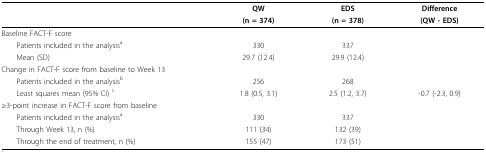
<table><thead><tr><td></td><td><b>QW</b></td><td><b>EDS</b></td><td><b>Difference</b></td></tr><tr><td></td><td><b>(n = 374)</b></td><td><b>(n = 378)</b></td><td><b>(QW - EDS)</b></td></tr></thead><tbody><tr><td>Baseline FACT-F score</td><td></td><td></td><td></td></tr><tr><td> Patients included in the analysis<sup>a</sup></td><td>330</td><td>337</td><td></td></tr><tr><td> Mean (SD)</td><td>29.7 (12.4)</td><td>29.9 (12.4)</td><td></td></tr><tr><td>Change in FACT-F score from baseline to Week 13</td><td></td><td></td><td></td></tr><tr><td> Patients included in the analysis<sup>b</sup></td><td>256</td><td>268</td><td></td></tr><tr><td> Least squares mean (95% CI) <sup>c</sup></td><td>1.8 (0.5, 3.1)</td><td>2.5 (1.2, 3.7)</td><td>-0.7 (-2.3, 0.9)</td></tr><tr><td>≥3-point increase in FACT-F score from baseline</td><td></td><td></td><td></td></tr><tr><td> Patients included in the analysis<sup>a</sup></td><td>330</td><td>337</td><td></td></tr><tr><td> Through Week 13, n (%)</td><td>111 (34)</td><td>132 (39)</td><td></td></tr><tr><td> Through the end of treatment, n (%)</td><td>155 (47)</td><td>173 (51)</td><td></td></tr></tbody></table>